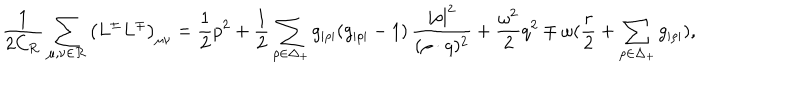
{ \frac { 1 } { 2 C _ { \cal R } } } \sum _ { \mu , \nu \in { \cal R } } \left( L ^ { \pm } L ^ { \mp } \right) _ { \mu \nu } = { \frac { 1 } { 2 } } p ^ { 2 } + { \frac { 1 } { 2 } } \sum _ { \rho \in \Delta _ { + } } g _ { | \rho | } ( g _ { | \rho | } - 1 ) \, { \frac { | \rho | ^ { 2 } } { ( \rho \cdot q ) ^ { 2 } } } + { \frac { \omega ^ { 2 } } { 2 } } q ^ { 2 } \mp \omega ( { \frac { r } { 2 } } + \sum _ { \rho \in \Delta _ { + } } g _ { | \rho | } ) ,